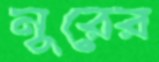
নুরের